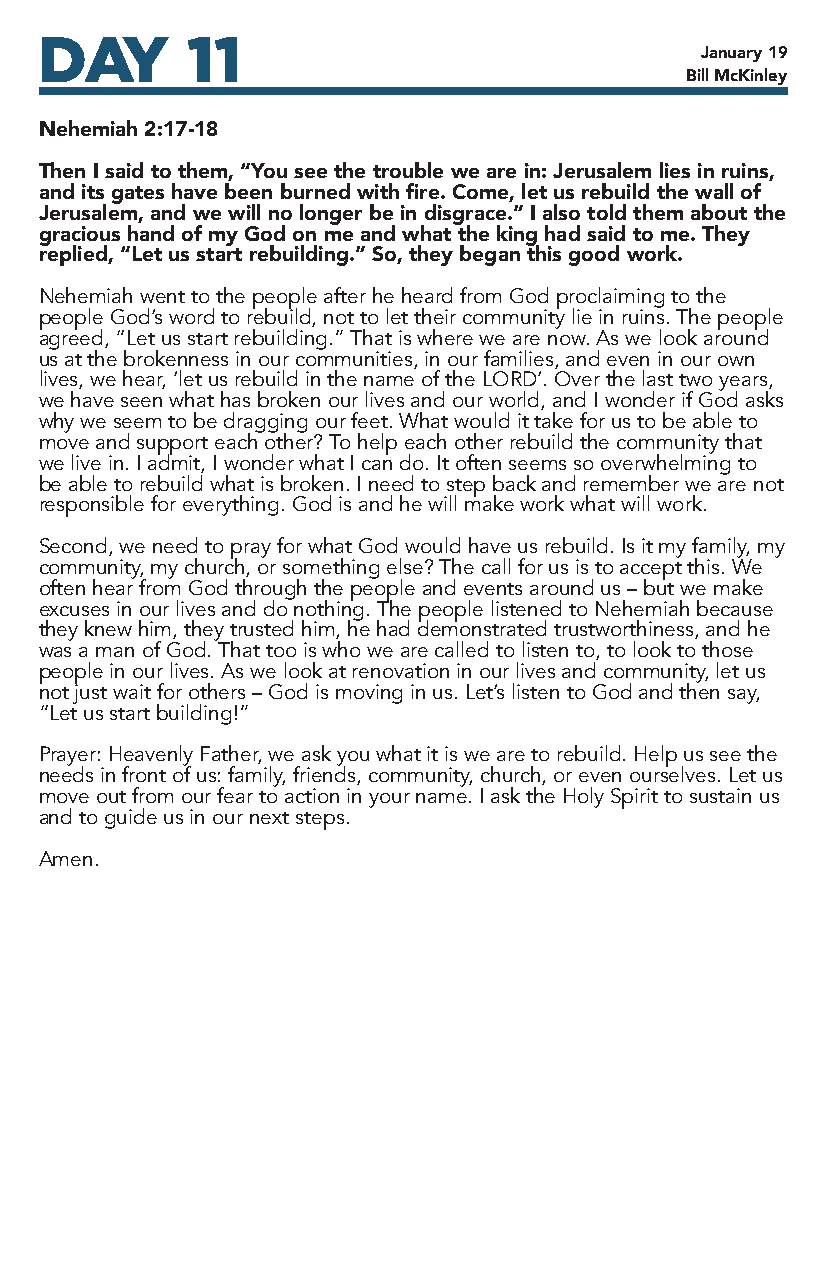
DAY       11
 January 19
 Bill McKinley
 Nehemiah 2:17-18
 Then I said to them, “You see the trouble we are in: Jerusalem lies in ruins,
 and its gates have been burned with fire. Come, let us rebuild the wall of
 Jerusalem, and we will no longer be in disgrace.” I also told them about the
 gracious hand of my God on me and what the king had said to me. They
 replied, “Let us start rebuilding.” So, they began this good work.
 Nehemiah went to the people after he heard from God proclaiming to the
 people God’s word to rebuild, not to let their community lie in ruins. The people
 agreed, “Let us start rebuilding.” That is where we are now. As we look around
 us at the brokenness in our communities, in our families, and even in our own
 lives, we hear, ‘let us rebuild in the name of the LORD’. Over the last two years,
 we have seen what has broken our lives and our world, and I wonder if God asks
 why we seem to be dragging our feet. What would it take for us to be able to
 move and support each other? To help each other rebuild the community that
 we live in. I admit, I wonder what I can do. It often seems so overwhelming to
 be able to rebuild what is broken. I need to step back and remember we are not
 responsible for everything. God is and he will make work what will work.
 Second, we need to pray for what God would have us rebuild. Is it my family, my
 community, my church, or something else? The call for us is to accept this. We
 often hear from God through the people and events around us – but we make
 excuses in our lives and do nothing. The people listened to Nehemiah because
 they knew him, they trusted him, he had demonstrated trustworthiness, and he
 was a man of God. That too is who we are called to listen to, to look to those
 people in our lives. As we look at renovation in our lives and community, let us
 not just wait for others – God is moving in us. Let’s listen to God and then say,
 “Let us start building!”
 Prayer: Heavenly Father, we ask you what it is we are to rebuild. Help us see the
 needs in front of us: family, friends, community, church, or even ourselves. Let us
 move out from our fear to action in your name. I ask the Holy Spirit to sustain us
 and to guide us in our next steps.
 Amen.